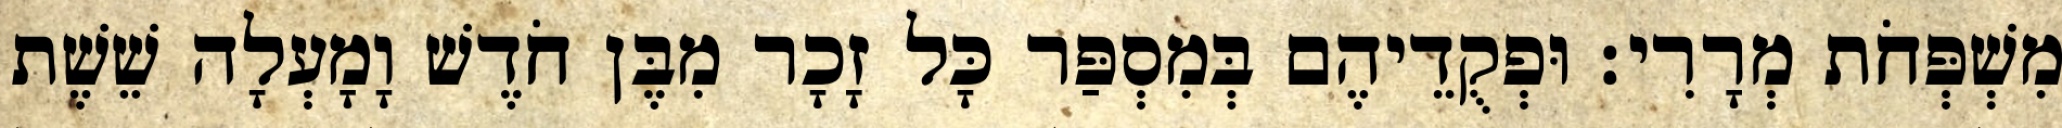
מִשְׁפְּחֹת מְרָרִי׃ וּפְקֻדֵיהֶם בְּמִסְפַּר כָּל זָכָר מִבֶּן חֹדֶשׁ וָמָעְלָה שֵׁשֶׁת